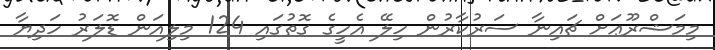
މިމަޝްރޫޢަށް ޗައިނާ ސަރުކާރުން ހިލޭ އެހީގެ ގޮތުގައި 124 މިލިއަން ޑޮލަރު ހަދިޔާ